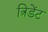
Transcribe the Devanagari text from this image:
त्रिडेंट